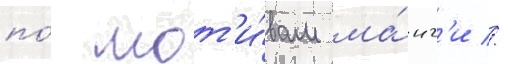
по́ мот'и́вам ма́нг'и //